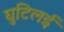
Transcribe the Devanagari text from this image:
घुटिलई